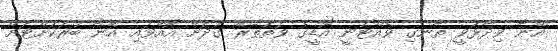
އޭނާ ވިދާޅުވީ ތާނގި ވެއްޓުނީ އޮޑީގެ ވަތުތެރޭ ގުދަށް އޮއްވައި އޭނާ ބުރަކަށްޓަށް